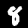
Digit: 8